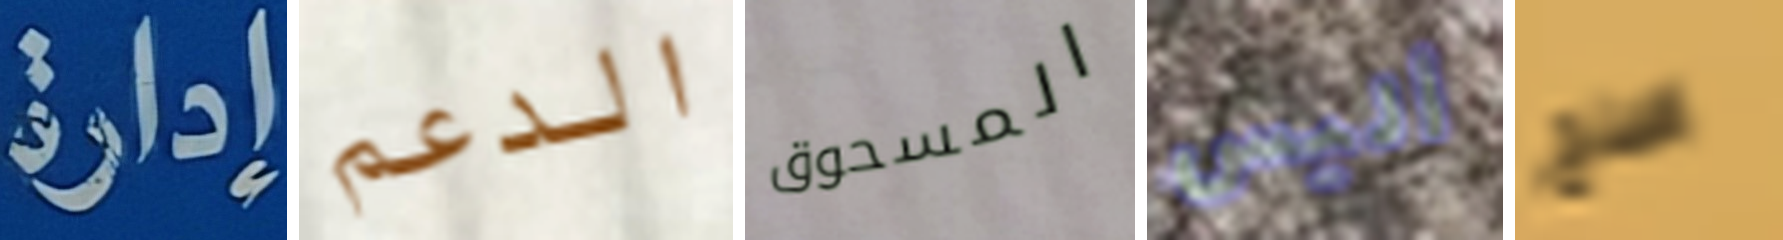
إدارة الدعم المسحوق أليس اصلح